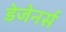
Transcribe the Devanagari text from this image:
डेजेनर्स